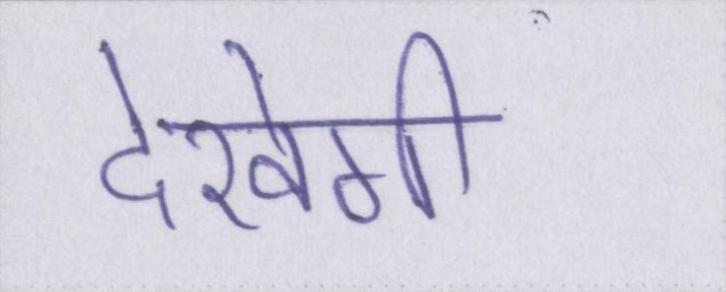
देखेगी